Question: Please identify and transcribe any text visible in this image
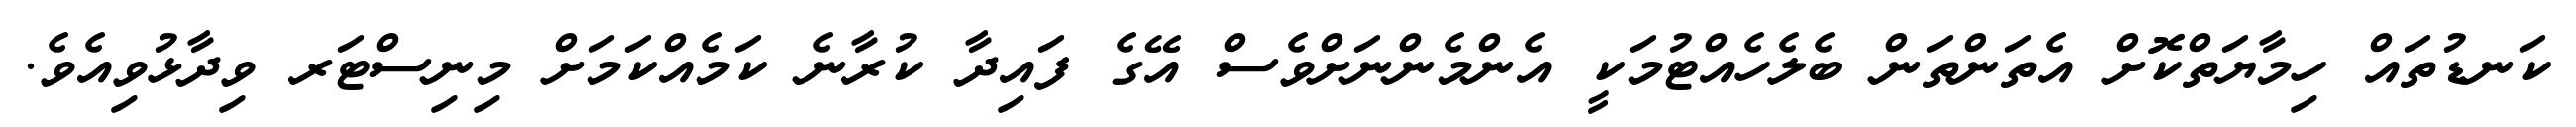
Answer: ކަނޑުތައް ހިމާޔަތްކޮށް އެތަންތަން ބެލެހެއްޓުމަކީ އެންމެންނަށްވެސް އޭގެ ފައިދާ ކުރާނެ ކަމެއްކަމަށް މިނިސްޓަރ ވިދާޅުވިއެވެ.